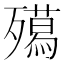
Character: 𭮦